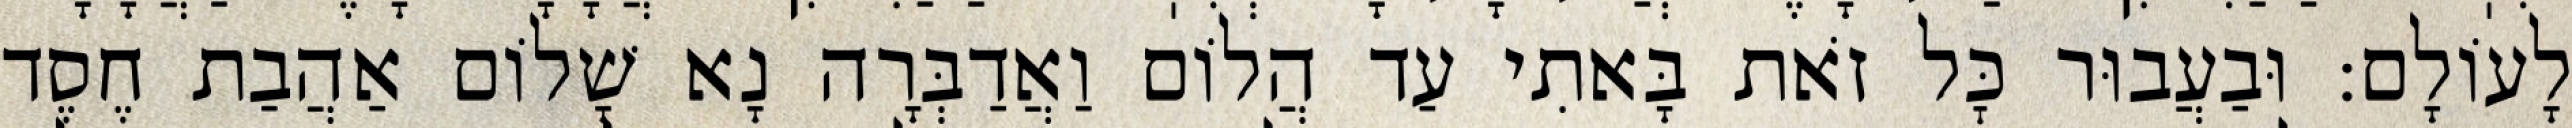
לָעוֹלָם: וּבַעֲבוּר כׇּל זֹאת בָּאתִי עַד הֲלוֹם וַאֲדַבְּרָה נָא שָׁלוֹם אַהֲבַת חֶסֶד